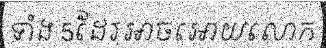
ទាំង 5ដែរអាចអោយលោក